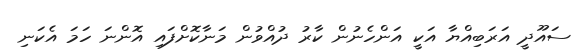
ސައޫދީ އަރަބިއްޔާ އަކީ އަންހެނުން ކާރު ދުއްވުން މަނާކޮށްފައި އޮންނަ ހަމަ އެކަނި